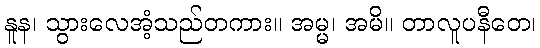
နူန၊ သွားလေအံ့သည်တကား။ အမ္မ၊ အမိ။ တာလူပနီတေ၊